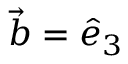
\vec { b } = \hat { e } _ { 3 }